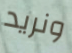
ونريد